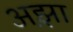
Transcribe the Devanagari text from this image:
अझ़ा